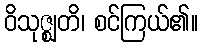
ဝိသုဇ္ဈတိ၊ စင်ကြယ်၏။